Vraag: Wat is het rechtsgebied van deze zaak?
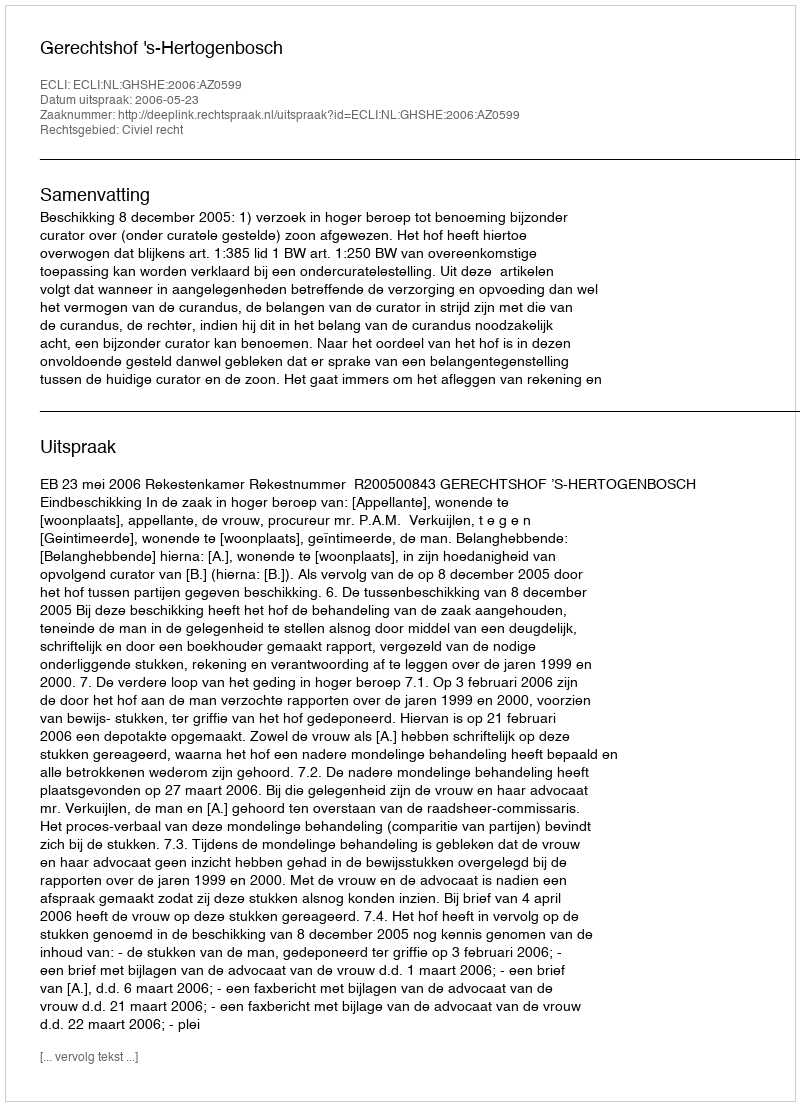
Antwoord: Civiel recht